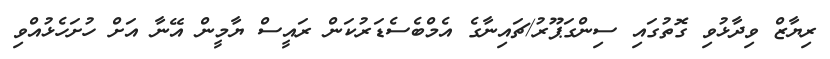
ރިޔާޒް ވިދާޅުވި ގޮތުގައި ސިންގަޕޫރު/ޗައިނާގެ އެމްބެސެޑަރުކަން ރައީސް ޔާމީން އޭނާ އަށް ހުށަހެޅުއްވި